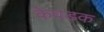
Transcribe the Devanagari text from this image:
केवडक